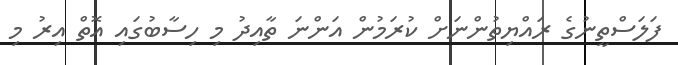
ފަލަސްތީނުގެ ރައްޔިތުންނަށް ކުރަމުން އަންނަ ތާއިދު މި ހިސާބުގައި އޮތް އިރު މި